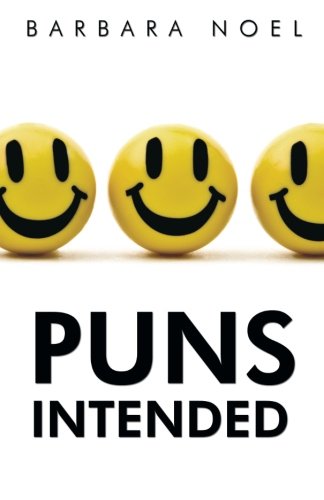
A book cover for Puns Intended; Barbara Noel; Humor & Entertainment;